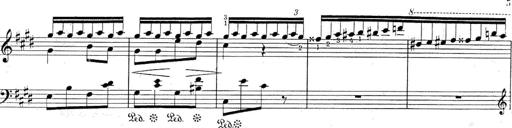
Title: Le rossignol
Composer: Franz Liszt